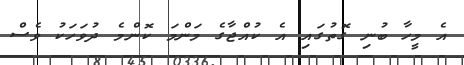
އެ މީހާ ބުނި ގޮތުގައި އެ ކުއްޖާގެ މަންމަ ކޮންމެ ދުވަހަކު ވެސް